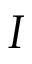
I